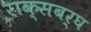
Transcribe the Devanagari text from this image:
राक्सबर्घ